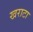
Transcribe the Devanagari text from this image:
खराटा